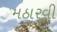
મઠારવી